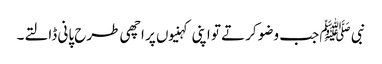
نبی ﷺ جب وضو کرتے تو اپنی کہنیوں پر اچھی طرح پانی ڈالتے۔